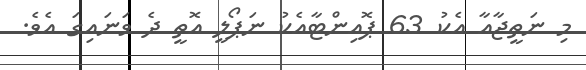
މި ނަތީޖާއާ އެކު 63 ޕޮއިންޓާއެކު ނަޕޯލީ އޮތީ ދެ ވަނައިގަ އެވެ.